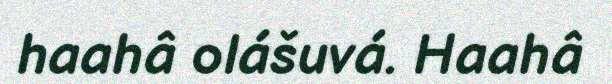
haahâ olášuvá. Haahâ